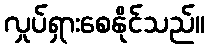
လှုပ်ရှားစေနိုင်သည်။